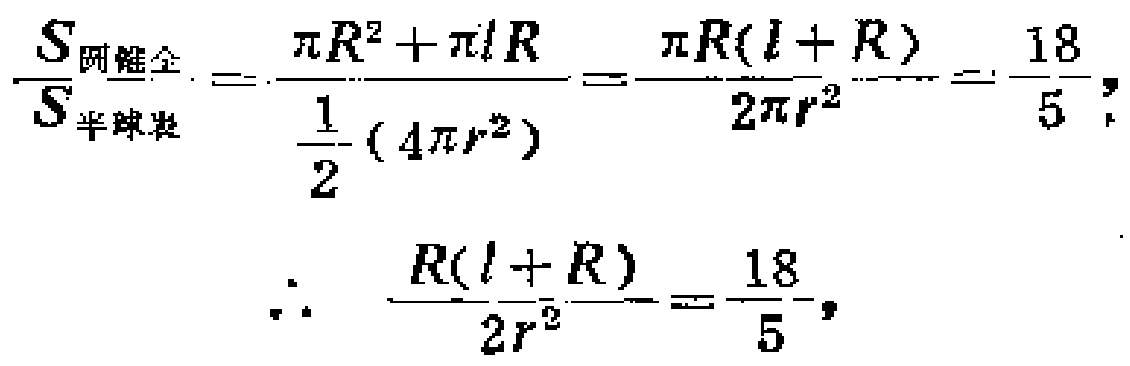
\[\frac{S_{圆锥全}}{S_{半球表}}=\frac{\pi R^{2}+\pi lR}{\frac{1}{2}(4\pi r^{2})}=\frac{\pi R(l + R)}{2\pi r^{2}}=\frac{18}{5},\]
\[\therefore\quad \frac{R(l + R)}{2r^{2}}=\frac{18}{5},\]